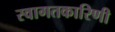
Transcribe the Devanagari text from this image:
स्वागतकारिणी